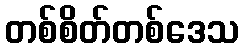
တစ်စိတ်တစ်ဒေသ